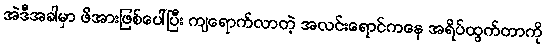
အဲဒီအခါမှာ ဖိအားဖြစ်ပေါ်ပြီး ကျရောက်လာတဲ့ အလင်းရောင်ကနေ အရိပ်ထွက်တာကို